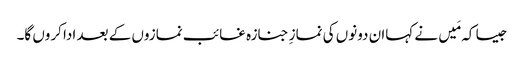
جیسا کہ مَیں نے کہاان دونوں کی نمازِ جنازہ غائب نمازوں کے بعد ادا کروں گا۔